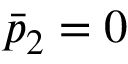
\bar { p } _ { 2 } = 0